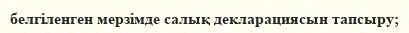
белгіленген мерзімде салық декларациясын тапсыру;